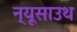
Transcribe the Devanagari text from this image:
न्यूसाउथ